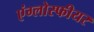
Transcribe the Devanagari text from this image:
एंग्लोस्फीयर